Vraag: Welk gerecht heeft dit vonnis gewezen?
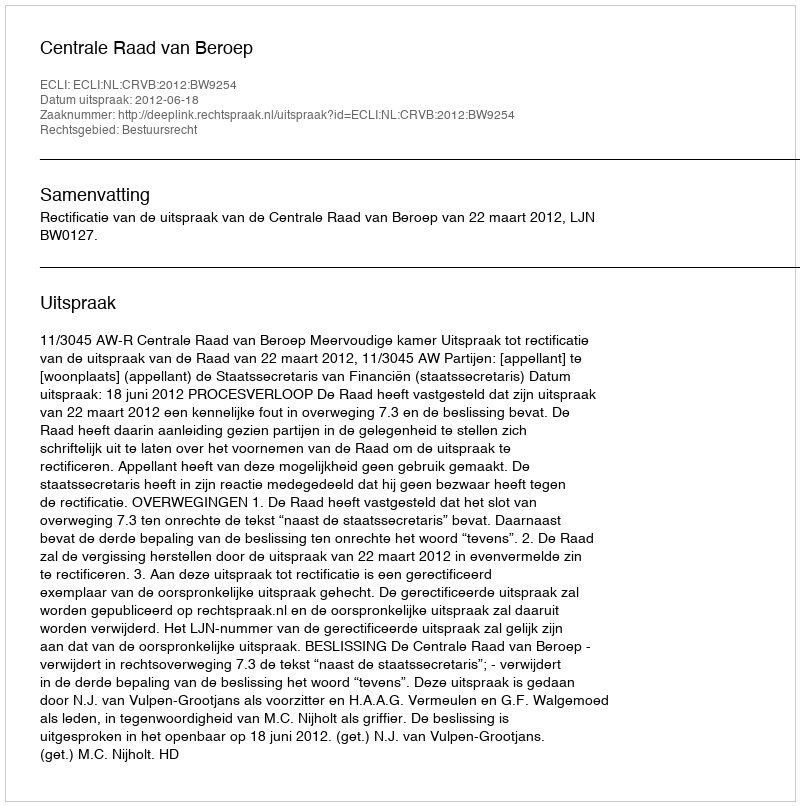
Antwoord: Centrale Raad van Beroep